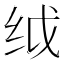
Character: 𬘙